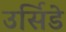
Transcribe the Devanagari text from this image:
उर्सिडे